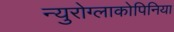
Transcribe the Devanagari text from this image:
न्युरोग्लाकोपिनिया